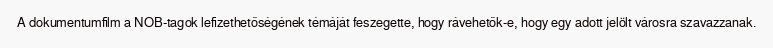
A dokumentumfilm a NOB-tagok lefizethetőségének témáját feszegette, hogy rávehetők-e, hogy egy adott jelölt városra szavazzanak.